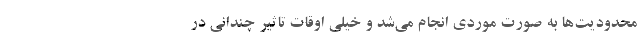
محدودیت‌ها به صورت موردی انجام می‌شد و خیلی اوقات تاثیر چندانی در